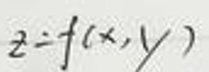
\[z = f(x,y)\]